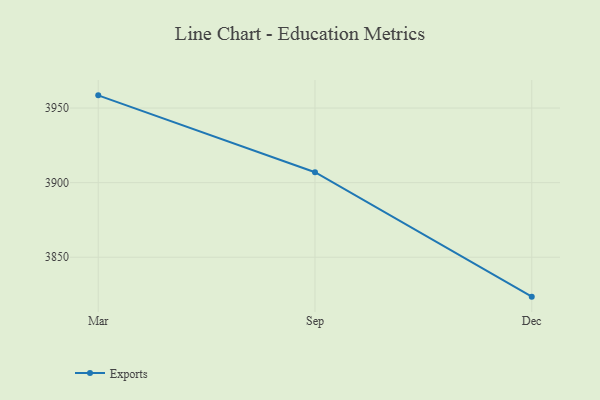
{"axis": {"x": "Month", "y": "Shipments"}, "legend": ["Exports"], "data": [{"x": "Mar", "y": 3958.5, "type": "Exports"}, {"x": "Sep", "y": 3907.0, "type": "Exports"}, {"x": "Dec", "y": 3823.6, "type": "Exports"}]}